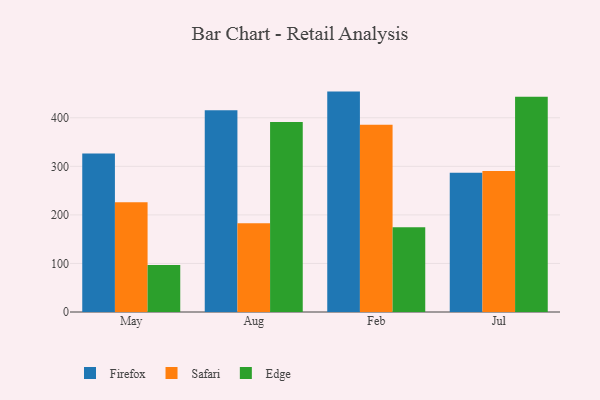
{"axis": {"x": "Month", "y": "Population (Million)"}, "legend": ["Edge", "Firefox", "Safari"], "data": [{"x": "May", "y": 326.6, "type": "Firefox"}, {"x": "May", "y": 226.1, "type": "Safari"}, {"x": "May", "y": 97.0, "type": "Edge"}, {"x": "Aug", "y": 415.3, "type": "Firefox"}, {"x": "Aug", "y": 183.0, "type": "Safari"}, {"x": "Aug", "y": 391.1, "type": "Edge"}, {"x": "Feb", "y": 453.9, "type": "Firefox"}, {"x": "Feb", "y": 385.7, "type": "Safari"}, {"x": "Feb", "y": 174.7, "type": "Edge"}, {"x": "Jul", "y": 287.0, "type": "Firefox"}, {"x": "Jul", "y": 290.4, "type": "Safari"}, {"x": "Jul", "y": 443.4, "type": "Edge"}]}